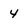
Character: 4